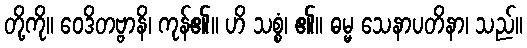
တို့ကို။ ဝေဒိတဗ္ဗာနိ၊ ကုန်၏။ ဟိ သစ္စံ၊ ၏။ ဓမ္မ သေနာပတိနာ၊ သည်။